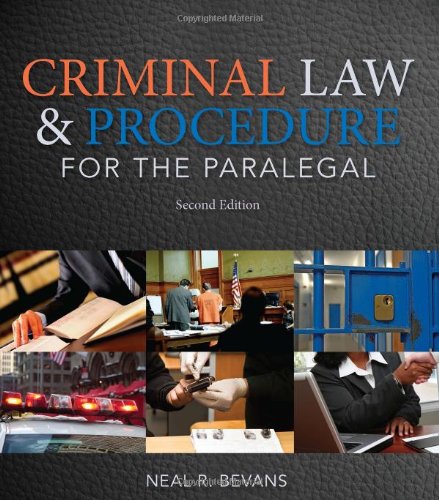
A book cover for Criminal Law and Procedure for the Paralegal; Neal R. Bevans; Law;